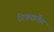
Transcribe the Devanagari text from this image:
रिफाइनेंस